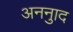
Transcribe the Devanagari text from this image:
अननुाद